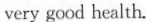
very good health.